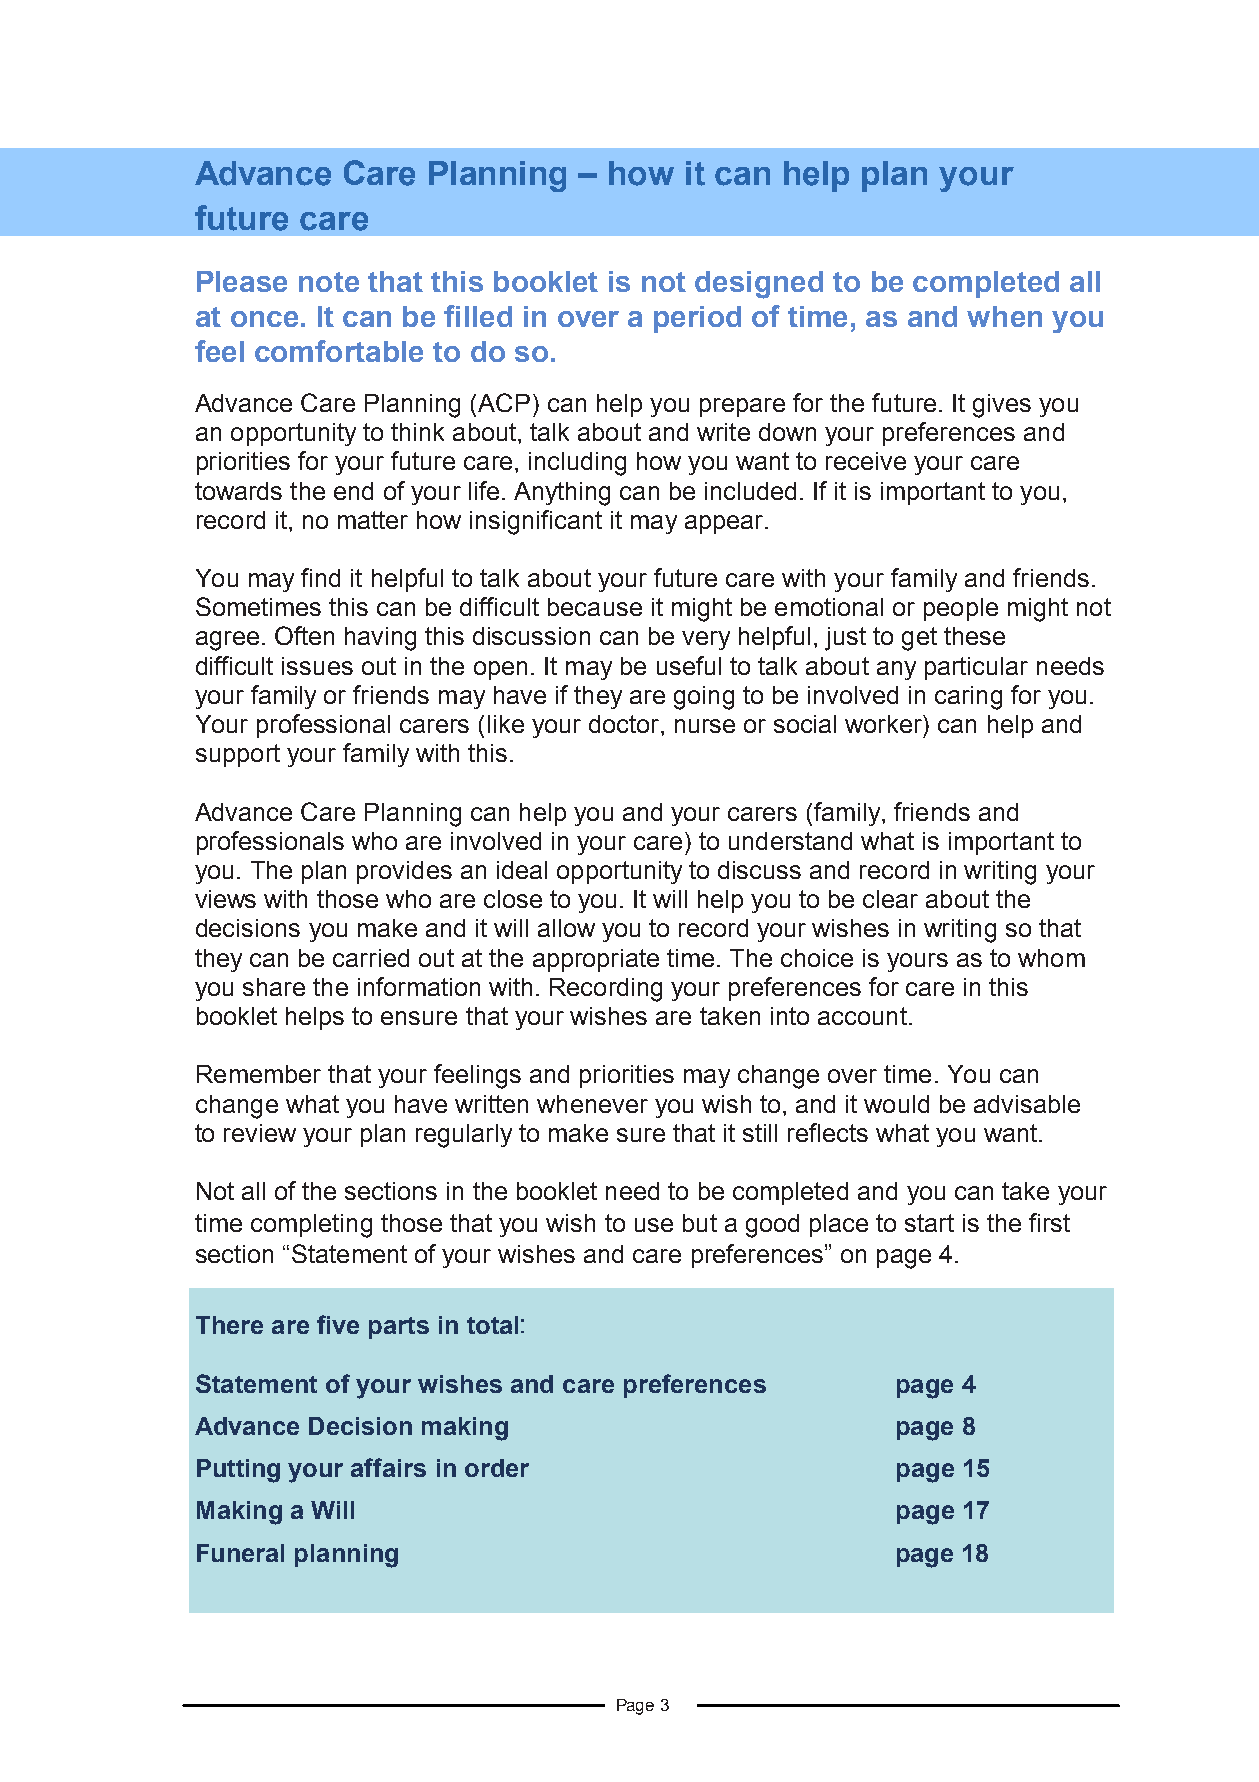
Advance   Care Planning  – how  it can help plan your
 future care
 Please note that this booklet is not designed to be completed all
 at once. It can be filled in over a period of time, as and when you
 feel comfortable to do so.
 Advance Care Planning (ACP) can help you prepare for the future. It gives you
 an opportunity to think about, talk about and write down your preferences and
 priorities for your future care, including how you want to receive your care
 towards the end of your life. Anything can be included. If it is important to you,
 record it, no matter how insignificant it may appear.
 You may find it helpful to talk about your future care with your family and friends.
 Sometimes this can be difficult because it might be emotional or people might not
 agree. Often having this discussion can be very helpful, just to get these h
 difficult issues out in the open. It may be useful to talk about any particular needs
 your family or friends may have if they are going to be involved in caring for you.
 Your professional carers (like your doctor, nurse or social worker) can help and
 support your family with this.
 Advance Care Planning can help you and your carers (family, friends and
 professionals who are involved in your care) to understand what is important to c
 you. The plan provides an ideal opportunity to discuss and record in writing your a
 views with those who are close to you. It will help you to be clear about the n
 decisions you make and it will allow you to record your wishes in writing so that
 they can be carried out at the appropriate time. The choice is yours as to whom h
 you share the information with. Recording your preferences for care in this
 e
 booklet helps to ensure that your wishes are taken into account.
 l
 p
 Remember that your feelings and priorities may change over time. You can
 change what you have written whenever you wish to, and it would be advisable p
 to review your plan regularly to make sure that it still reflects what you want. l
 a
 Not all of the sections in the booklet need to be completed and you can take your n
 time completing those that you wish to use but a good place to start is the first
 y
 section “Statement of your wishes and care preferences” on page 4.
 There are five parts in total:
 r
 Statement of your wishes and care preferences page 4
 f
 Advance Decision making                       page 8
 t
 Putting your affairs in order                 page 15
 Making a Will                                 page 17          r
 e
 Funeral planning                              page 18
 Page 3